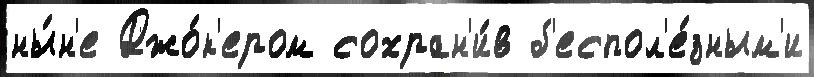
ны́н'е Джо́к'ером сохран'и́в б'еспол'е́зным'и